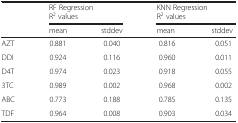
<table><thead><tr><td rowspan="3"></td><td colspan="2"><b>RF Regression</b></td><td colspan="2"><b>KNN Regression</b></td></tr><tr><td colspan="2"><b>R<sup>2</sup> values</b></td><td colspan="2"><b>R<sup>2</sup> values</b></td></tr><tr><td><b>mean</b></td><td><b>stddev</b></td><td><b>mean</b></td><td><b>stddev</b></td></tr></thead><tbody><tr><td>AZT</td><td>0.881</td><td>0.040</td><td>0.816</td><td>0.051</td></tr><tr><td>DDI</td><td>0.924</td><td>0.116</td><td>0.960</td><td>0.011</td></tr><tr><td>D4T</td><td>0.974</td><td>0.023</td><td>0.918</td><td>0.055</td></tr><tr><td>3TC</td><td>0.989</td><td>0.002</td><td>0.968</td><td>0.002</td></tr><tr><td>ABC</td><td>0.773</td><td>0.188</td><td>0.785</td><td>0.135</td></tr><tr><td>TDF</td><td>0.964</td><td>0.008</td><td>0.903</td><td>0.034</td></tr></tbody></table>